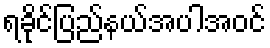
ရခိုင်ပြည်နယ်အပါအဝင်